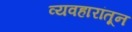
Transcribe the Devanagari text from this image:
व्यवहारांतून